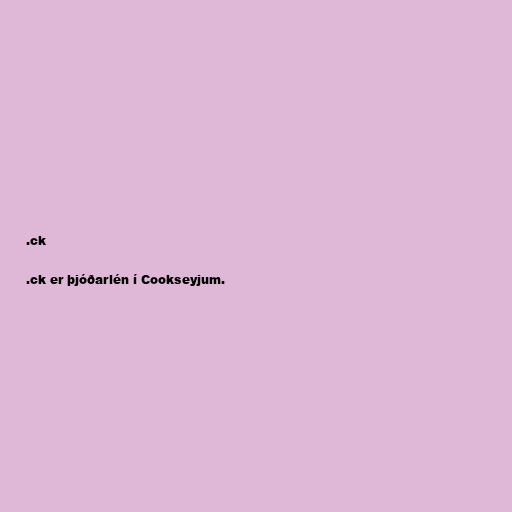
.ck

.ck er þjóðarlén í Cookseyjum.